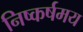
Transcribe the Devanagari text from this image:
निष्कर्षमय